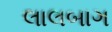
લાલબાગ